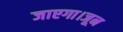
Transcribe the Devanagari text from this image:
जाएगा।जून